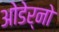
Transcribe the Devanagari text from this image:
ओडेर्नो